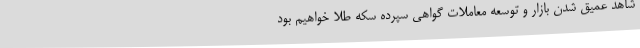
شاهد عمیق شدن بازار و توسعه معاملات گواهی سپرده سکه طلا خواهیم بود